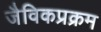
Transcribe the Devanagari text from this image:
जैविकप्रक्रम